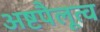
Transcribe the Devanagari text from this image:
अष्टपैलूत्व